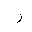
Letter: _ra